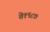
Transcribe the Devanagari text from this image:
ते१९८७